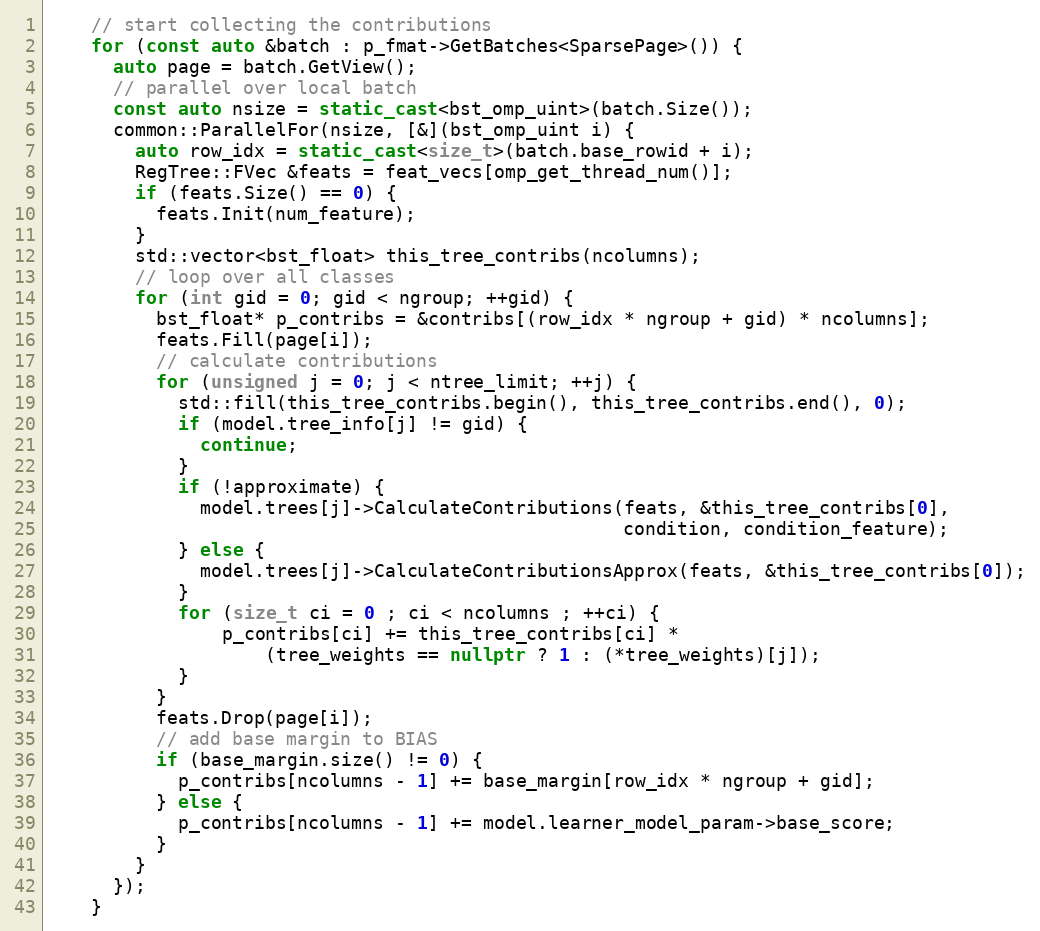
Language: C++
    // start collecting the contributions
    for (const auto &batch : p_fmat->GetBatches<SparsePage>()) {
      auto page = batch.GetView();
      // parallel over local batch
      const auto nsize = static_cast<bst_omp_uint>(batch.Size());
      common::ParallelFor(nsize, [&](bst_omp_uint i) {
        auto row_idx = static_cast<size_t>(batch.base_rowid + i);
        RegTree::FVec &feats = feat_vecs[omp_get_thread_num()];
        if (feats.Size() == 0) {
          feats.Init(num_feature);
        }
        std::vector<bst_float> this_tree_contribs(ncolumns);
        // loop over all classes
        for (int gid = 0; gid < ngroup; ++gid) {
          bst_float* p_contribs = &contribs[(row_idx * ngroup + gid) * ncolumns];
          feats.Fill(page[i]);
          // calculate contributions
          for (unsigned j = 0; j < ntree_limit; ++j) {
            std::fill(this_tree_contribs.begin(), this_tree_contribs.end(), 0);
            if (model.tree_info[j] != gid) {
              continue;
            }
            if (!approximate) {
              model.trees[j]->CalculateContributions(feats, &this_tree_contribs[0],
                                                     condition, condition_feature);
            } else {
              model.trees[j]->CalculateContributionsApprox(feats, &this_tree_contribs[0]);
            }
            for (size_t ci = 0 ; ci < ncolumns ; ++ci) {
                p_contribs[ci] += this_tree_contribs[ci] *
                    (tree_weights == nullptr ? 1 : (*tree_weights)[j]);
            }
          }
          feats.Drop(page[i]);
          // add base margin to BIAS
          if (base_margin.size() != 0) {
            p_contribs[ncolumns - 1] += base_margin[row_idx * ngroup + gid];
          } else {
            p_contribs[ncolumns - 1] += model.learner_model_param->base_score;
          }
        }
      });
    }